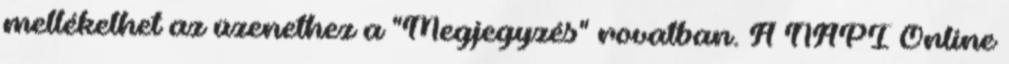
mellékelhet az üzenethez a "Megjegyzés" rovatban. A NAPI Online